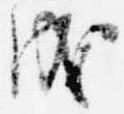
成